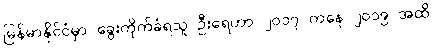
မြန်မာနိုင်ငံမှာ ခွေးကိုက်ခံရသူ ဦးရေဟာ ၂၀၁၇ ကနေ ၂၀၁၉ အထိ